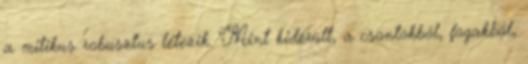
a mitikus robusztus létezik. Mint kiderült, a csontokból, fogakból,